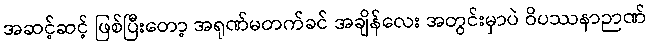
အဆင့်ဆင့် ဖြစ်ပြီးတော့ အရုဏ်မတက်ခင် အချိန်လေး အတွင်းမှာပဲ ဝိပဿနာဉာဏ်